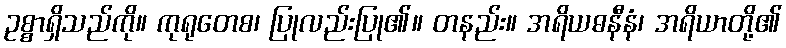
ဥစ္စာရှိသည်ကို။ ကုရုတေစ၊ ပြုလည်းပြု၏။ တနည်း။ အရိယဓနီနံ၊ အရိယာတို့၏